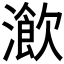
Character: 𤀔